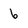
Character: 6